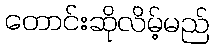
တောင်းဆိုလိမ့်မည်